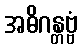
အဓိဂန္တဗ္ဗံ